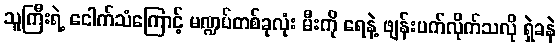
သူကြီးရဲ့ ငေါက်သံကြောင့် မဏ္ဍပ်တစ်ခုလုံး မီးကို ရေနဲ့ ဖျန်းပက်လိုက်သလို ရှဲခနဲ